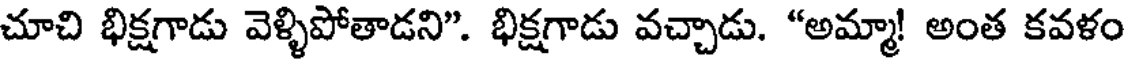
చూచి భిక్షగాడు వెళ్ళిపోతాడని". భిక్షగాడు వచ్చాడు. "అమ్మా! అంత కవళం